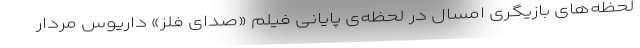
لحظه‌های بازیگری امسال در لحظه‌ی پایانی فیلم «صدای فلز» داریوس مردار